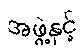
အဖွဲ့နှင့်